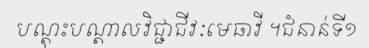
បណ្តុះបណ្តាលវិជ្ជាជីវៈមេធាវី ។ជំនាន់ទី១